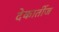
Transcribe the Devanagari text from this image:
देकार्तीज